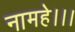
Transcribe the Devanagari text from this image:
नामहे।।।